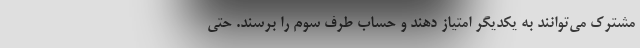
مشترک می‌توانند به یکدیگر امتیاز دهند و حساب طرف سوم را برسند. حتی